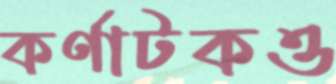
কর্ণাটকও